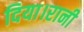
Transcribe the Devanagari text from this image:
दिया।रानी